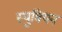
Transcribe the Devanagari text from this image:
स्युबियन